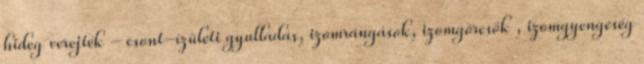
hideg verejték - csont-ízületi gyulladás, izomrángások, izomgörcsök , izomgyengeség